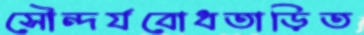
সৌন্দর্যবোধতাড়িত